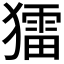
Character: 𤢗